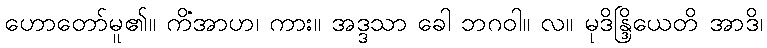
ဟောတော်မူ၏။ ကိံအာဟ၊ ကား။ အဒ္ဒသာ ခေါ ဘဂဝါ။ လ။ မုဒိန္ဒြိယေတိ အာဒိ၊